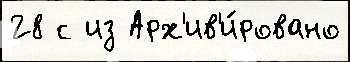
28 с из Арх'ив'и́ровано